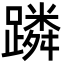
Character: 蹸